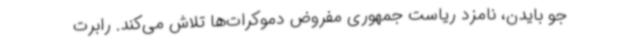
جو بایدن، نامزد ریاست جمهوری مفروض دموکرات‌ها تلاش می‌کند. رابرت